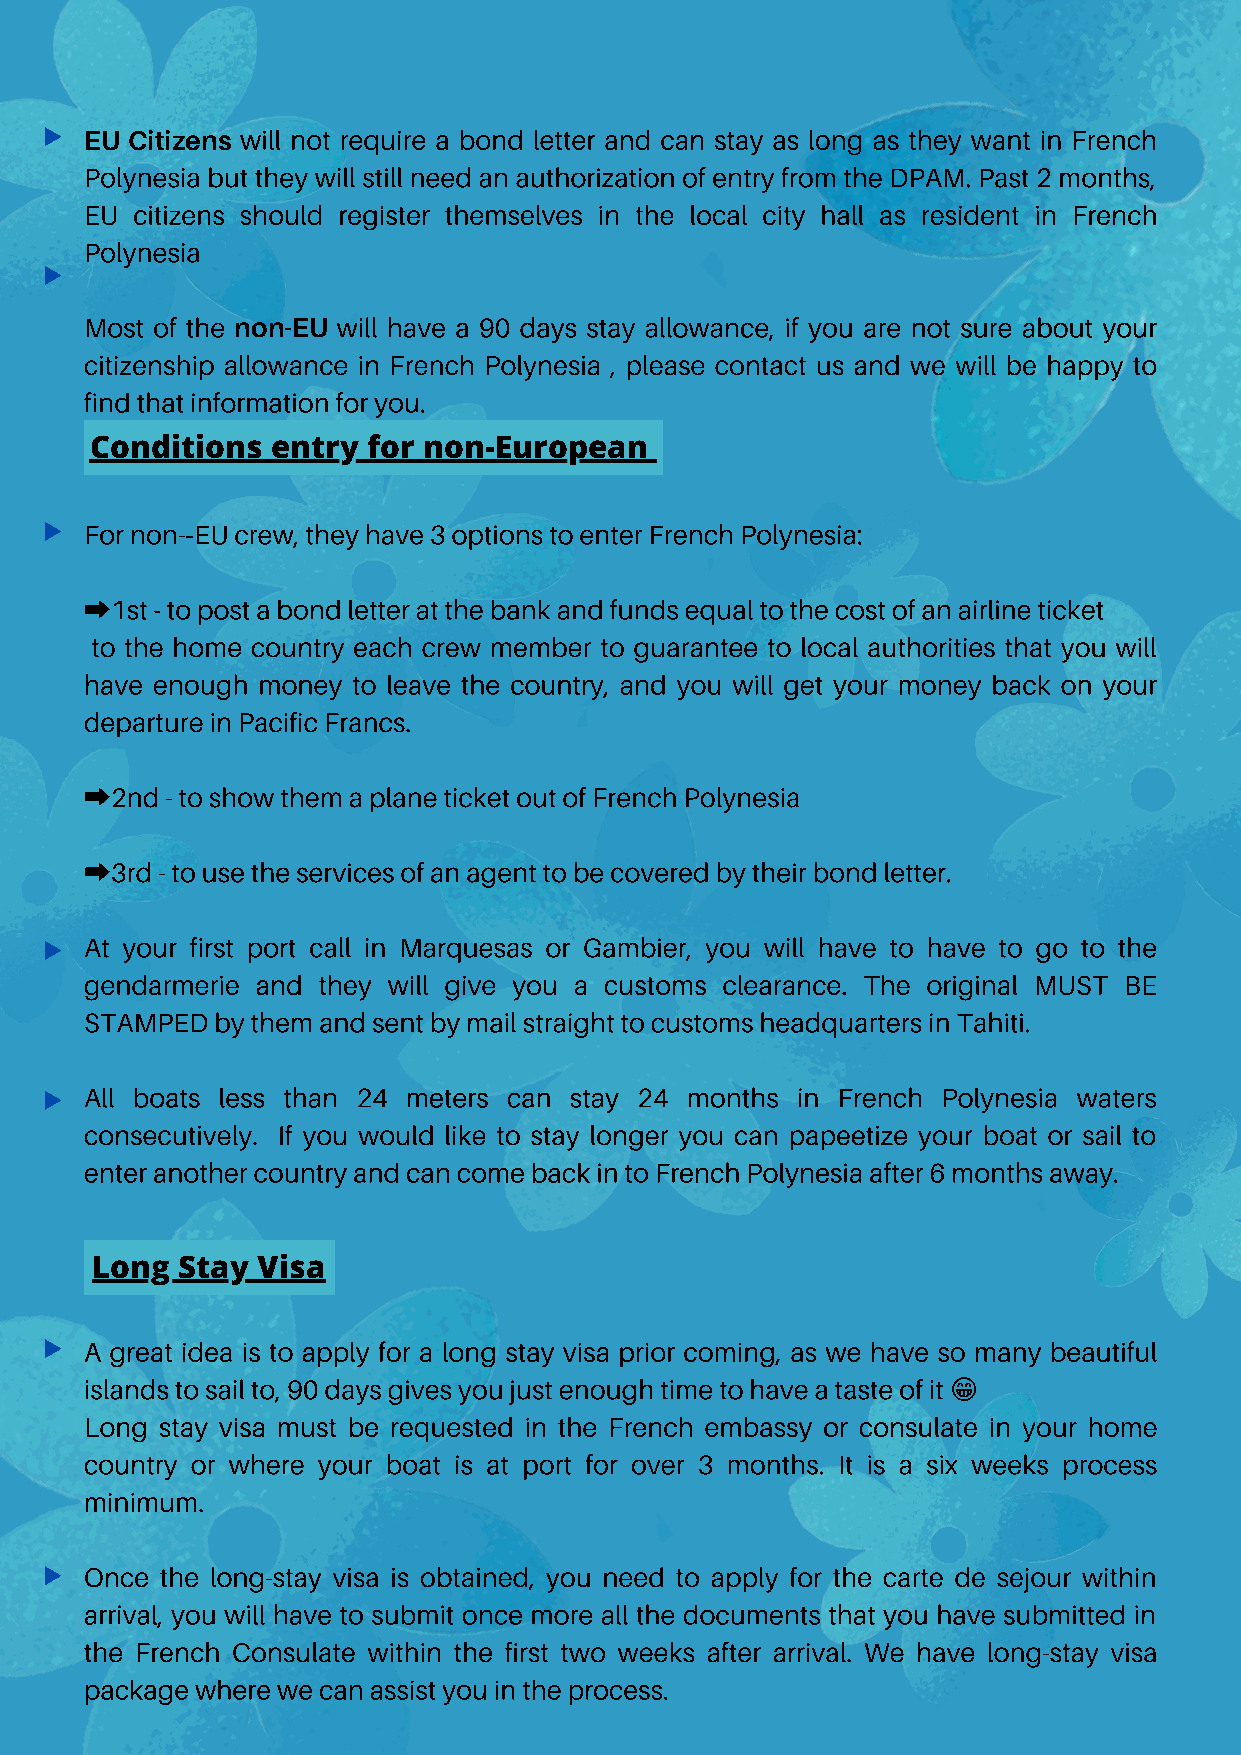
▶  EU Citizens will not require a bond letter and can stay as long as they want in French
 Polynesia but they will still need an authorization of entry from the DPAM. Past 2 months,
 EU citizens should register themselves in the local city hall as resident in French
 Polynesia
 ▶
 Most of the non-EU will have a 90 days stay allowance, if you are not sure about your
 citizenship allowance in French Polynesia , please contact us and we will be happy to
 find that information for you.
 Conditions  entry for non-European
 ▶  For non- EU crew, they have 3 options to enter French Polynesia:
 ‐
 ➡1st - to post a bond letter at the bank and funds equal to the cost of an airline ticket
 to the home country each crew member to guarantee to local authorities that you will
 have enough money to leave the country, and you will get your money back on your
 departure in Pacific Francs.
 ➡2nd - to show them a plane ticket out of French Polynesia
 ➡3rd - to use the services of an agent to be covered by their bond letter.
 At your first port call in Marquesas or Gambier, you will have to have to go to the
 ▶
 gendarmerie and they will give you a customs clearance. The original MUST BE
 STAMPED by them and sent by mail straight to customs headquarters in Tahiti.
 All boats less than 24 meters can stay 24 months in French Polynesia waters
 ▶
 consecutively. If you would like to stay longer you can papeetize your boat or sail to
 enter another country and can come back in to French Polynesia after 6 months away.
 Long  Stay Visa
 ▶  A great idea is to apply for a long stay visa prior coming, as we have so many beautiful
 islands to sail to, 90 days gives you just enough time to have a taste of it
 😁
 Long stay visa must be requested in the French embassy or consulate in your home
 country or where your boat is at port for over 3 months. It is a six weeks process
 minimum.
 ▶  Once the long-stay visa is obtained, you need to apply for the carte de sejour within
 arrival, you will have to submit once more all the documents that you have submitted in
 the French Consulate within the first two weeks after arrival. We have long-stay visa
 package where we can assist you in the process.